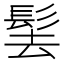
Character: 𩬨